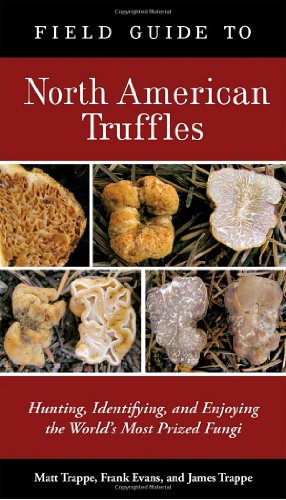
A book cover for Field Guide to North American Truffles: Hunting, Identifying, and Enjoying the World's Most Prized Fungi; Matt Trappe; Cookbooks, Food & Wine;